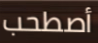
أصطحب